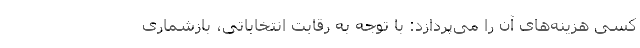
کسی هزینه‌های آن را می‌پردازد: با توجه به رقابت انتخاباتی، بازشماری